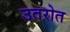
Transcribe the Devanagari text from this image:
उतरोत